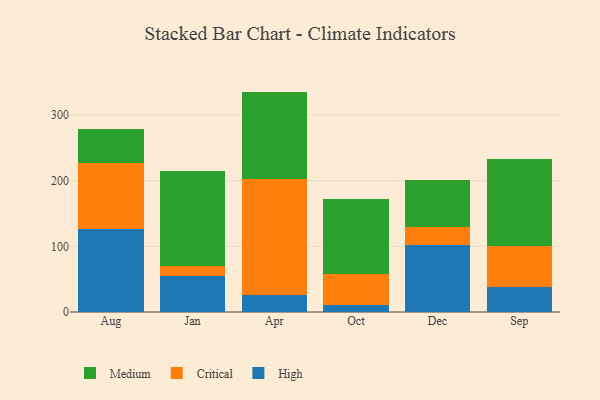
{"axis": {"x": "Month", "y": "Headcount"}, "legend": ["Critical", "High", "Medium"], "data": [{"x": "Aug", "y": 126.2, "type": "High"}, {"x": "Aug", "y": 101.0, "type": "Critical"}, {"x": "Aug", "y": 51.8, "type": "Medium"}, {"x": "Jan", "y": 54.7, "type": "High"}, {"x": "Jan", "y": 15.7, "type": "Critical"}, {"x": "Jan", "y": 144.8, "type": "Medium"}, {"x": "Apr", "y": 25.4, "type": "High"}, {"x": "Apr", "y": 176.5, "type": "Critical"}, {"x": "Apr", "y": 133.7, "type": "Medium"}, {"x": "Oct", "y": 11.3, "type": "High"}, {"x": "Oct", "y": 46.8, "type": "Critical"}, {"x": "Oct", "y": 114.3, "type": "Medium"}, {"x": "Dec", "y": 102.2, "type": "High"}, {"x": "Dec", "y": 27.8, "type": "Critical"}, {"x": "Dec", "y": 70.7, "type": "Medium"}, {"x": "Sep", "y": 37.5, "type": "High"}, {"x": "Sep", "y": 62.9, "type": "Critical"}, {"x": "Sep", "y": 133.0, "type": "Medium"}]}